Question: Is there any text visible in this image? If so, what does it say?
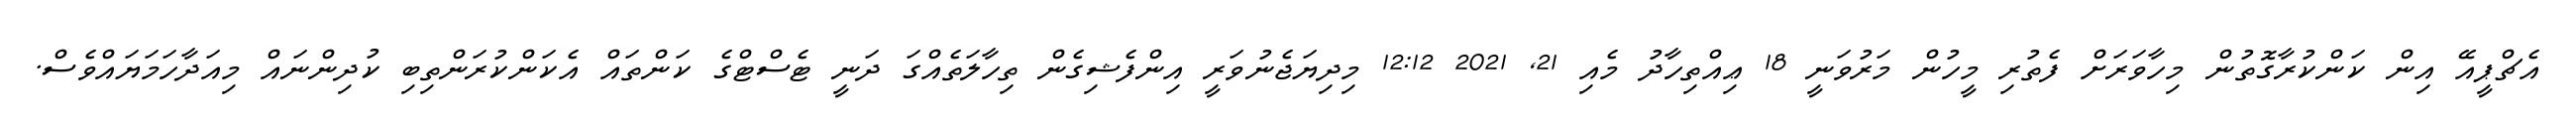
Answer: އެޗްޕީއޭ އިން ކަންކުރާގޮތުން މިހާވަރަށް ފެތުރި މީހުން މަރުވަނީ 18 ޢިއްތިހާދު މެއި 21, 2021 12:12 މިދިޔަޖެނުވަރީ އިންފެޝިގެން ތިހާލަތެއްގަ ދަނީ ޓެސްޓްގެ ކަންތައް އެކަންކުރަންތިބި ކުދިންނައް މިއަދާހަމަޔައްވެސް.